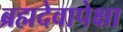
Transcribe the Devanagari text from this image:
ब्रह्मदेवापेक्षा